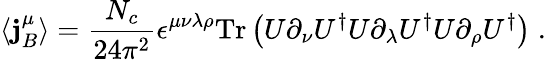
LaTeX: \langle\mathbf{j}_{B}^{\mu}\rangle=\frac{{N_{c}}}{{24\pi^{2}}}\epsilon^{\mu\nu\lambda\rho}\mathrm{{Tr}}\left(U\partial_{\nu}U^{\dagger}U\partial_{\lambda}U^{\dagger}U\partial_{\rho}U^{\dagger}\right)\; .